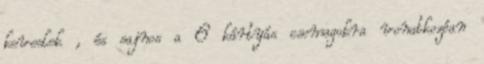
keveslek , és sajnos a 6 kártyás csomagokra vonatkozóan